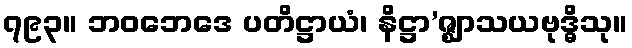
၇၉၃။ ဘဝဘေဒေ ပတိဋ္ဌာယံ၊ နိဋ္ဌာ’ဇ္ဈာသယဗုဒ္ဓိသု။